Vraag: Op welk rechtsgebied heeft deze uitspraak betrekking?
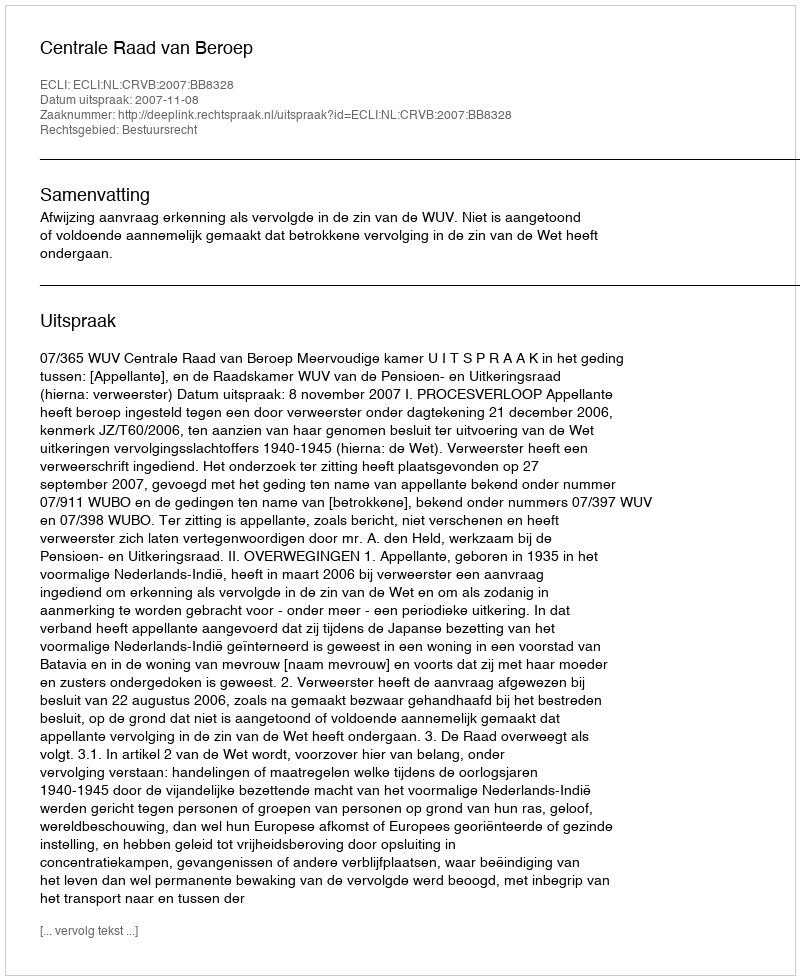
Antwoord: Bestuursrecht